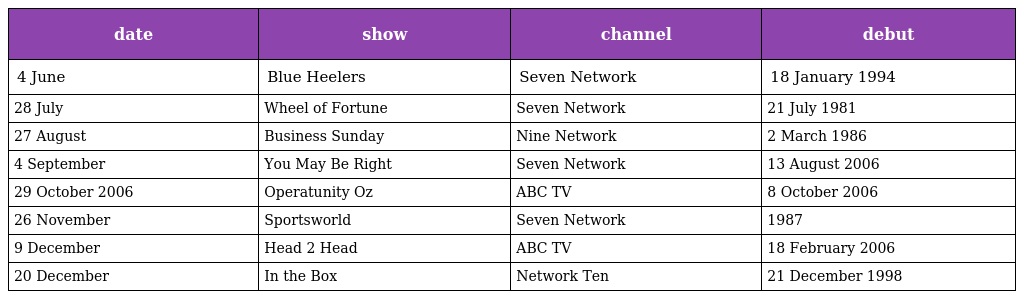
| date | show | channel | debut |
 | --- | --- | --- | --- |
 | 4 June | Blue Heelers | Seven Network | 18 January 1994 |
 | 28 July | Wheel of Fortune | Seven Network | 21 July 1981 |
 | 27 August | Business Sunday | Nine Network | 2 March 1986 |
 | 4 September | You May Be Right | Seven Network | 13 August 2006 |
 | 29 October 2006 | Operatunity Oz | ABC TV | 8 October 2006 |
 | 26 November | Sportsworld | Seven Network | 1987 |
 | 9 December | Head 2 Head | ABC TV | 18 February 2006 |
 | 20 December | In the Box | Network Ten | 21 December 1998 |